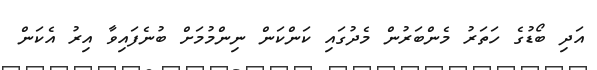
އަދި ބޯޑުގެ ހަތަރު މެންބަރުން މެދުގައި ކަންކަން ނިންމުމަށް ބުނެފައިވާ އިރު އެކަން